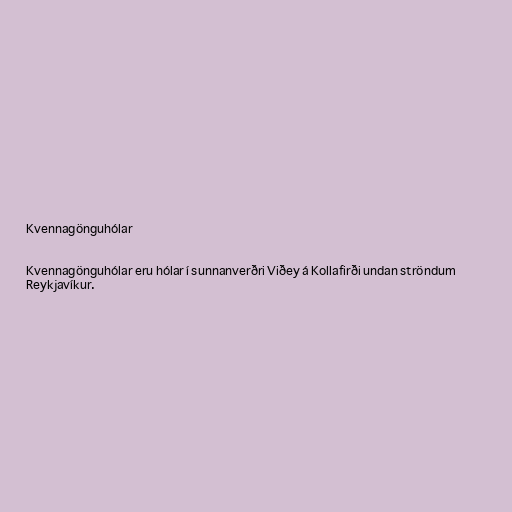
Kvennagönguhólar

Kvennagönguhólar eru hólar í sunnanverðri Viðey á Kollafirði undan ströndum
Reykjavíkur.